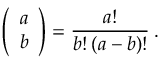
\left( \begin{array} { c } { { a } } \\ { { b } } \end{array} \right) = \frac { a ! } { b ! \: ( a - b ) ! } \: .